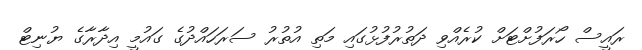
ރައީސް ހޯރަފުށްޓަށް ކުރެއްވި ދަތުރުފުޅުގައި މަތި އުތުރު ސަރަހައްދުގެ ގައުމީ އިދާރާގެ ޔުނިޓް